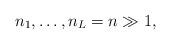
LaTeX: \begin{align*}n_1,\ldots, n_L=n\gg 1,\end{align*}